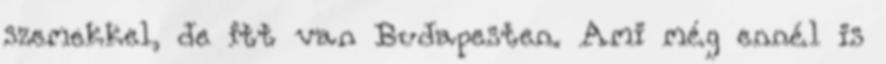
szemekkel, de itt van Budapesten. Ami még ennél is